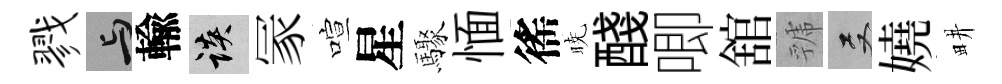
戮与輸談冡喧星驟愐徭暁醆唧舘虢双嬈畊